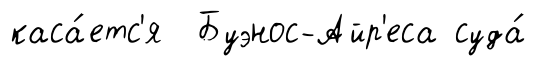
каса́етс'я Буэнос-Айр'еса суда́